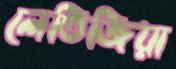
লেতিজিয়া